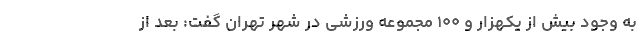
به وجود بیش از یکهزار و ۱۰۰ مجموعه ورزشی در شهر تهران گفت: بعد از